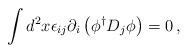
LaTeX: \begin{align*}\int d^{2}x\epsilon _{ij}\partial _{i}\left( \phi ^{\dagger }D_{j}\phi \right) =0\, ,\end{align*}